Civil Veterinary Dept. Bombay admin report 1932-41 - 1932-1941
Year: 1932
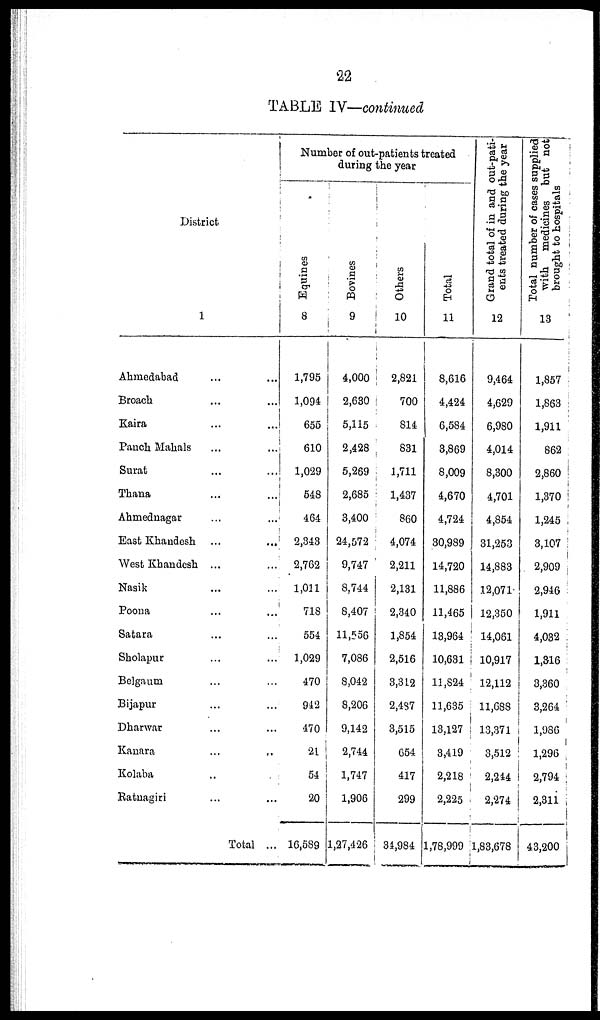
22
TABLE IV—continued
District
1
Ahmedabad ... ...
Broach ... ...
Kaira ... ...
Panch Mahals
...
...
Surat ... ...
Thana ... ...
Ahmednagar
...
...
East Khandesh ...
...
West Khandesh ...
Nasik ... ...
Poona ... ...
Satara ... ...
Sholapur ... ...
Belgaum ... ...
Bijapur ... ...
Dhanvar ... ...
Kanara ... ...
Kolaba ...
Ratnagiri ... ...
Total ...
Number of out-patients treated
during the year
Equines
8
1,795
1,094
655
610
1,029
548
464
2,343
2,762
1,011
718
554
1,029
470
942
470
21
54
20
16,589
Bovines
9
4,000
2,680
5,115
2,428
5,269
2,685
8,400
24,572
9,747
8,744
8,407
11,556
7,086
8,042
8,206
9,142
2,744
1,747
1,906
1,27,426
Others
10
2,821
700
814
831
1,711
1,437
860
4,074
2,211
2,131
2,340
1,854
2,516
3,312
2,437
3,515
654
417
299
34,984
Total
11
8,616
4,424
6,584
8,869
8,009
4,670
4,724
80,989
14,720
11,886
11,465
13,964
10,681
11,824
11,635
13,127
3,419
2,218
2,225
1,78,999
Grand total of in and out-pati-
ents treated during the year
12
9,464
4,629
6,980
4,014
8,300
4,701
4,854
31,263
14,883
12,071
12,350
14,061
10,917
12,112
11,688
13,371
3,512
2,244
2,274
1,83,678
Total number of eases supplied
with medicines but not
brought to hospitals
13
1,857
1,863
1,911
862
2,860
1,370
1,245
3,107
2,909
2,946
1,911
4,082
1,316
8,860
3,264
1,986
1,296
2,794
2,811
43,200